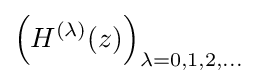
\left(H^{(\lambda )}(z)\right)_{\lambda =0,1,2,\dots }